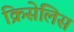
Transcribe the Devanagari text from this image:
क्रिसेलिस